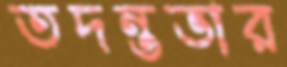
তদন্তভার